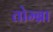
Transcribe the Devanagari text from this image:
तोम्ब्रा